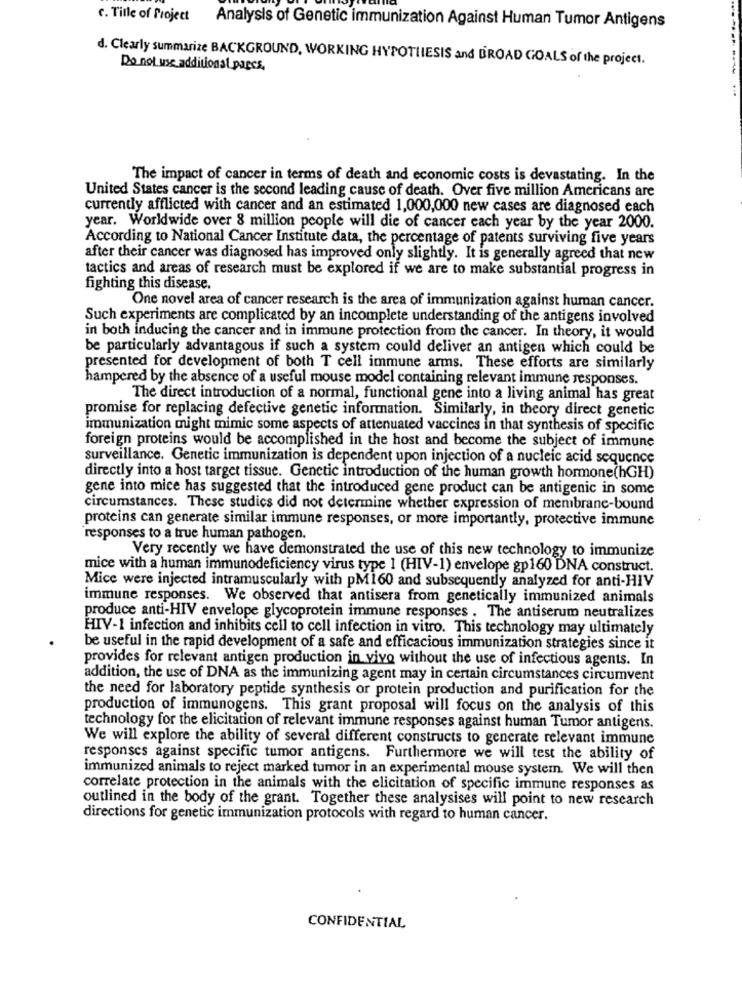
C. Tille of Project Analysis of Genetic immunization Against Human Tumor Antigens
d. Clearly summarize BACKGROUND, WORKING HYPOTHESIS and BROAD GOALS of the project.
Do not use additional pages,
The impact of cancer in terms of death and economic costs is devastating. In the
United States cancer is the second leading cause of death. Over five million Americans are
currently afflicted with cancer and an estimated 1,000,000 new cases are diagnosed each
year. Worldwide over 8 million people will die of cancer each year by the year 2000.
According to National Cancer Institute data, the percentage of patents surviving five years
after their cancer was diagnosed has improved only slightly. It is generally agreed that new
tactics and areas of research must be explored if we are to make substantial progress in
fighting this disease.
One novel area of cancer research is the area of immunization against human cancer.
Such experiments are complicated by an incomplete understanding of the antigens involved
in both inducing the cancer and in immune protection from the cancer. In theory, it would
be particularly advantagous if such a system could deliver an antigen which could be
presented for development of both T cell immune arms. These efforts are similarly
hampered by the absence of a useful mouse model containing relevant immune responses.
The direct introduction of a normal, functional gene into a living animal has great
promise for replacing defective genetic information. Similarly, in theory direct genetic
immunization might mimic some aspects of attenuated vaccines in that synthesis of specific
foreign proteins would be accomplished in the host and become the subject of immune
surveillance. Genetic immunization is dependent upon injection of a nucleic acid sequence
directly into a host target tissue. Genetic introduction of the human growth hormone(hGH)
gene into mice has suggested that the introduced gene product can be antigenic in some
circumstances. These studies did not determine whether expression of membrane-bound
proteins can generate similar immune responses, or more importantly, protective immune
responses to a true human pathogen.
Very recently we have demonstrated the use of this new technology to immunize
mice with a human immunodeficiency virus type 1 (HIV-1) envelope gp160 DNA construct.
Mice were injected intramuscularly with pM160 and subsequently analyzed for anti-HIV
immune responses. We observed that antisera from genetically immunized animals
produce anti-HIV envelope glycoprotein immune responses . The antiserum neutralizes
HIV-1 infection and inhibits cell to cell infection in vitro. This technology may ultimately
be useful in the rapid development of a safe and efficacious immunization strategies since it
provides for relevant antigen production in vivo without the use of infectious agents. In
addition, the use of DNA as the immunizing agent may in certain circumstances circumvent
the need for laboratory peptide synthesis or protein production and purification for the
production of immunogens. This grant proposal will focus on the analysis of this
technology for the elicitation of relevant immune responses against human Tumor antigens.
We will explore the ability of several different constructs to generate relevant immune
responses against specific tumor antigens. Furthermore we will test the ability of
immunized animals to reject marked tumor in an experimental mouse system. We will then
correlate protection in the animals with the elicitation of specific immune responses as
outlined in the body of the grant. Together these analysises will point to new research
directions for genetic immunization protocols with regard to human cancer.
CONFIDENTIAL